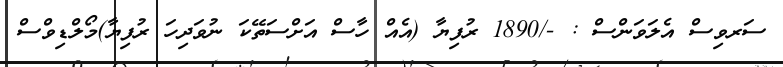
ސަރވިސް އެލަވަންސް : -/1890 ރުފިޔާ (އެއް ހާސް އަށްސަތޭކަ ނުވަދިހަ ރުފިޔާ)މޯލްޑިވްސް